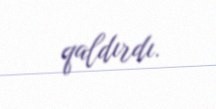
qaldırdı.